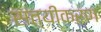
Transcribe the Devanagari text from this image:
सत्यीकरण